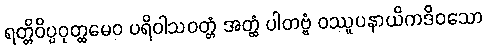
ရတ္တိဝိပ္ပဝုတ္ထမေဝ ပရိဝါသဝတ္တံ အတ္ထံ ပါတဗ္ဗံ ဝဿူပနာယိကဒိဝသော